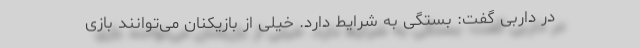
در داربی گفت: بستگی به شرایط دارد. خیلی از بازیکنان می‌توانند بازی